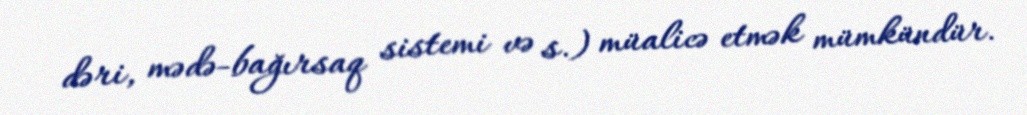
dəri, mədə-bağırsaq sistemi və s.) müalicə etmək mümkündür.